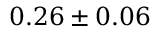
0 . 2 6 \pm 0 . 0 6